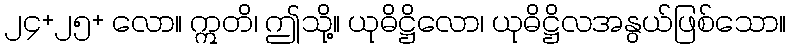
၂၄+၂၅+ လော။ ဣတိ၊ ဤသို့။ ယုဓိဋ္ဌိလော၊ ယုဓိဋ္ဌိလအနွယ်ဖြစ်သော။